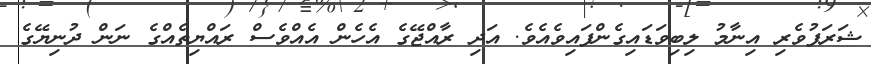
ޝަރަފުވެރި އިނާމު ލިބިވަޑައިގެންފައިވެއެވެ. އަދި ރާއްޖޭގެ އެހެން އެއްވެސް ރައްޔިތެއްގެ ނަން ދުނިޔޭގެ